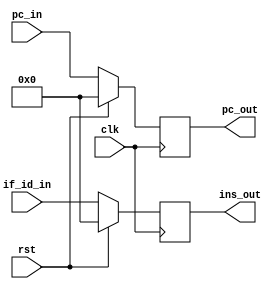
//Eric Sullivan
//10/10/2019
//IF_ID Pipe

module IF_ID (

	input clk,
	input rst,
	input [31:0] if_id_in,
	input [31:0] pc_in,
	output reg [31:0] pc_out,
	output reg [31:0] ins_out);
	
	initial begin
	
		ins_out = 0;
		pc_out = 0;
	
	end
	
	always @(posedge clk) begin
	
		if(rst == 1'b1) begin
		
			ins_out <= 0;
			pc_out <= 0;	
			
		end
		
		else begin
		
			ins_out <= if_id_in;
			pc_out <= pc_in;
			
		end
		
	end
	
endmodule